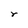
Character: r